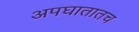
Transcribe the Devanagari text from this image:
अपघातातच